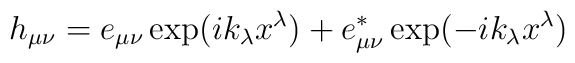
h_{\mu \nu} = e_{\mu \nu} \exp (ik_\lambda x^\lambda)+ e_{\mu \nu}^* \exp (-ik_\lambda x^\lambda)